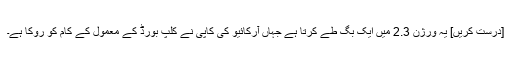
[درست کریں] یہ ورژن 2.3 میں ایک بگ طے کرتا ہے جہاں آرکائیو کی کاپی نے کلپ بورڈ کے معمول کے کام کو روکا ہے۔